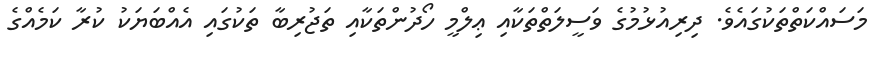
މަސައްކަތްތަކުގައެވެ. ދިރިއުޅުމުގެ ވަސީލަތްތަކާއި ޢިލްމީ ހޯދުންތަކާއި ތަޖުރިބާ ތަކުގައި އެއްބަޔަކު ކުރާ ކަމެއްގެ